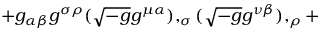
+ g _ { \alpha \beta } g ^ { \sigma \rho } ( { \sqrt { - g } } g ^ { \mu \alpha } ) , _ { \sigma } ( { \sqrt { - g } } g ^ { \nu \beta } ) , _ { \rho } +